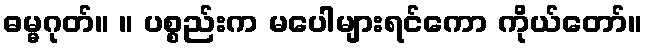
ဓမ္မဂုတ်။ ။ ပစ္စည်းက မပေါများရင်ကော ကိုယ်တော်။